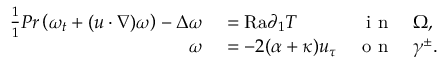
\begin{array} { r l r l } { \frac { 1 } { 1 } { { P r } } \left( \omega _ { t } + ( u \cdot \nabla ) \omega \right) - \Delta \omega } & { { } = \mathrm { { R a } } \partial _ { 1 } T } & { \textnormal { i n } } & { { } \Omega , } \\ { \omega } & { { } = - 2 ( \alpha + \kappa ) u _ { \tau } } & { \textnormal { o n } } & { { } \gamma ^ { \pm } . } \end{array}